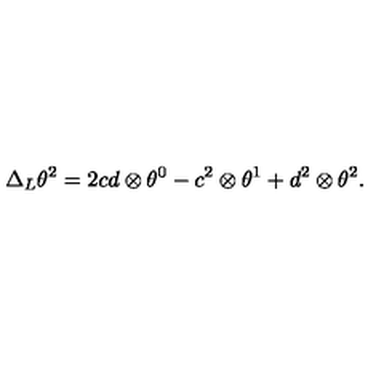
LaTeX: \Delta _ { L } \theta ^ { 2 } = 2 c d \otimes \theta ^ { 0 } - c ^ { 2 } \otimes \theta ^ { 1 } + d ^ { 2 } \otimes \theta ^ { 2 } .